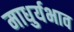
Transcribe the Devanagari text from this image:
माधुर्यभाव